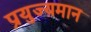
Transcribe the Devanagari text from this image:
प्रयुज्यमान